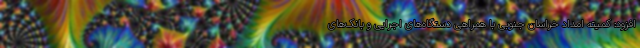
افزود: کمیته امداد خراسان جنوبی با همراهی دستگاه‌های اجرایی و بانک‌های